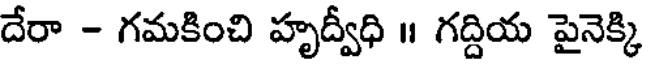
దేరా - గమకించి హృద్వీధి ॥ గద్దియ పైనెక్కి